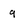
Character: 9